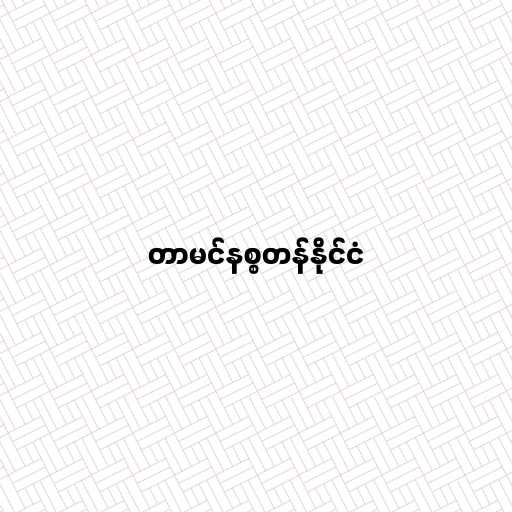
တာမင်နစ္စတန်နိုင်ငံ